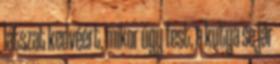
látszat kedvéért, mikor úgy fest, a kutya se jár